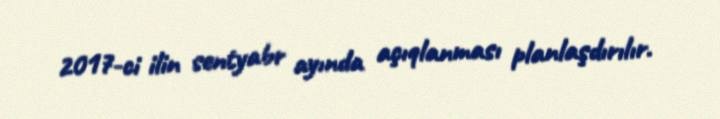
2017-ci ilin sentyabr ayında açıqlanması planlaşdırılır.